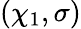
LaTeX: (\chi_{1},\sigma)